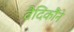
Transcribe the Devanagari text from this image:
वैदिकौंने